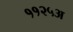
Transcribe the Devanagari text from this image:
११२५अ